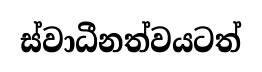
ස්වාධීනත්වයටත්